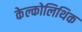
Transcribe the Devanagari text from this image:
केल्कोलिथिक